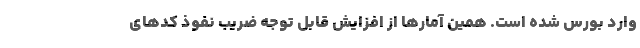
وارد بورس شده است. همین آمارها از افزایش قابل توجه ضریب نفوذ کدهای